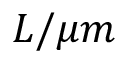
L / \mu m